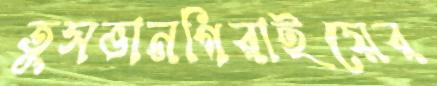
তুসভানগিরাইয়ের